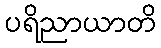
ပရိညာယာတိ